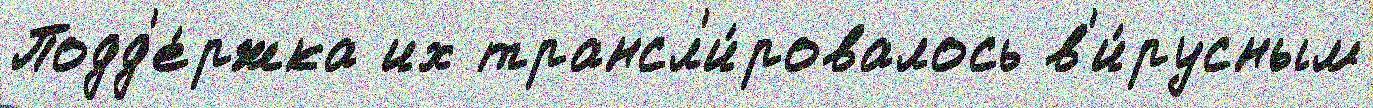
Подд'е́ржка их трансл'и́ровалось в'и́русным